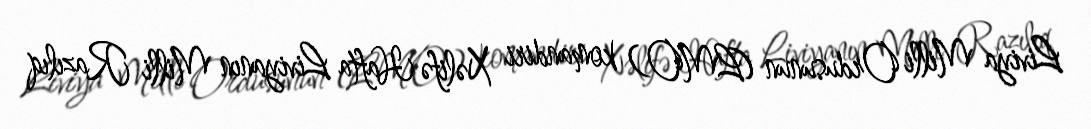
Liviya Milli Ordusunun (LMO) komandiri Xəlifə Hafta Liviyanın Milli Razılıq